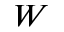
W